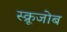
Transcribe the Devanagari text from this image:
स्क्रूजोब